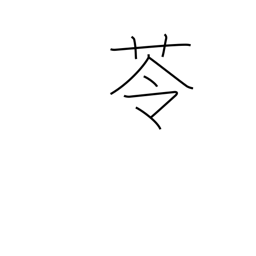
Meaning: herb